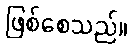
ဖြစ်စေသည်။